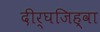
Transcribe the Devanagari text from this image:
दीर्घजिह्वा